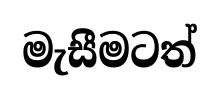
මැසීමටත්